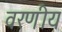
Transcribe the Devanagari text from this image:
वरणीय